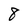
Character: 8